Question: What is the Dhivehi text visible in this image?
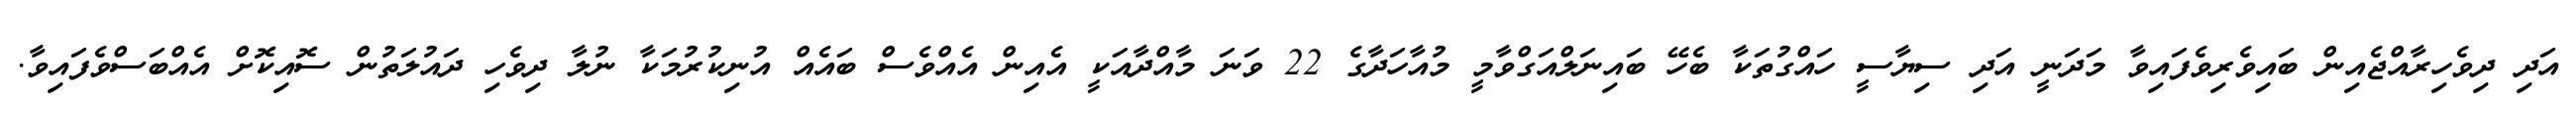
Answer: އަދި ދިވެހިރާއްޖެއިން ބައިވެރިވެފައިވާ މަދަނީ އަދި ސިޔާސީ ހައްގުތަކާ ބެހޭ ބައިނަލްއަގްވާމީ މުއާހަދާގެ 22 ވަނަ މާއްދާއަކީ އެއިން އެއްވެސް ބައެއް އުނިކުރުމަކާ ނުލާ ދިވެހި ދައުލަތުން ސޮއިކޮށް އެއްބަސްވެފައިވާ.